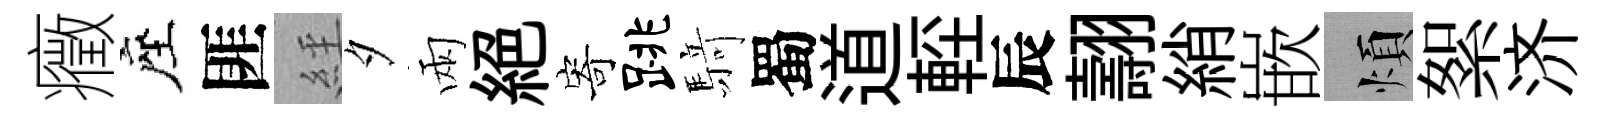
癥座匪𦀇夕兩絕寄跳𮪍蜀道䡖辰翿綃嵌煩絮济